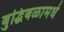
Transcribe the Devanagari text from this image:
बुद्धिबळामधे